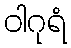
ဝါဂုရံ